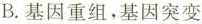
B.基因重组，基因突变